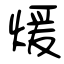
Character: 煖